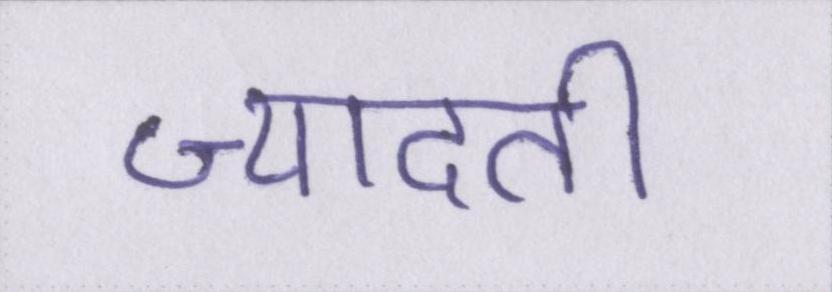
ज्यादती